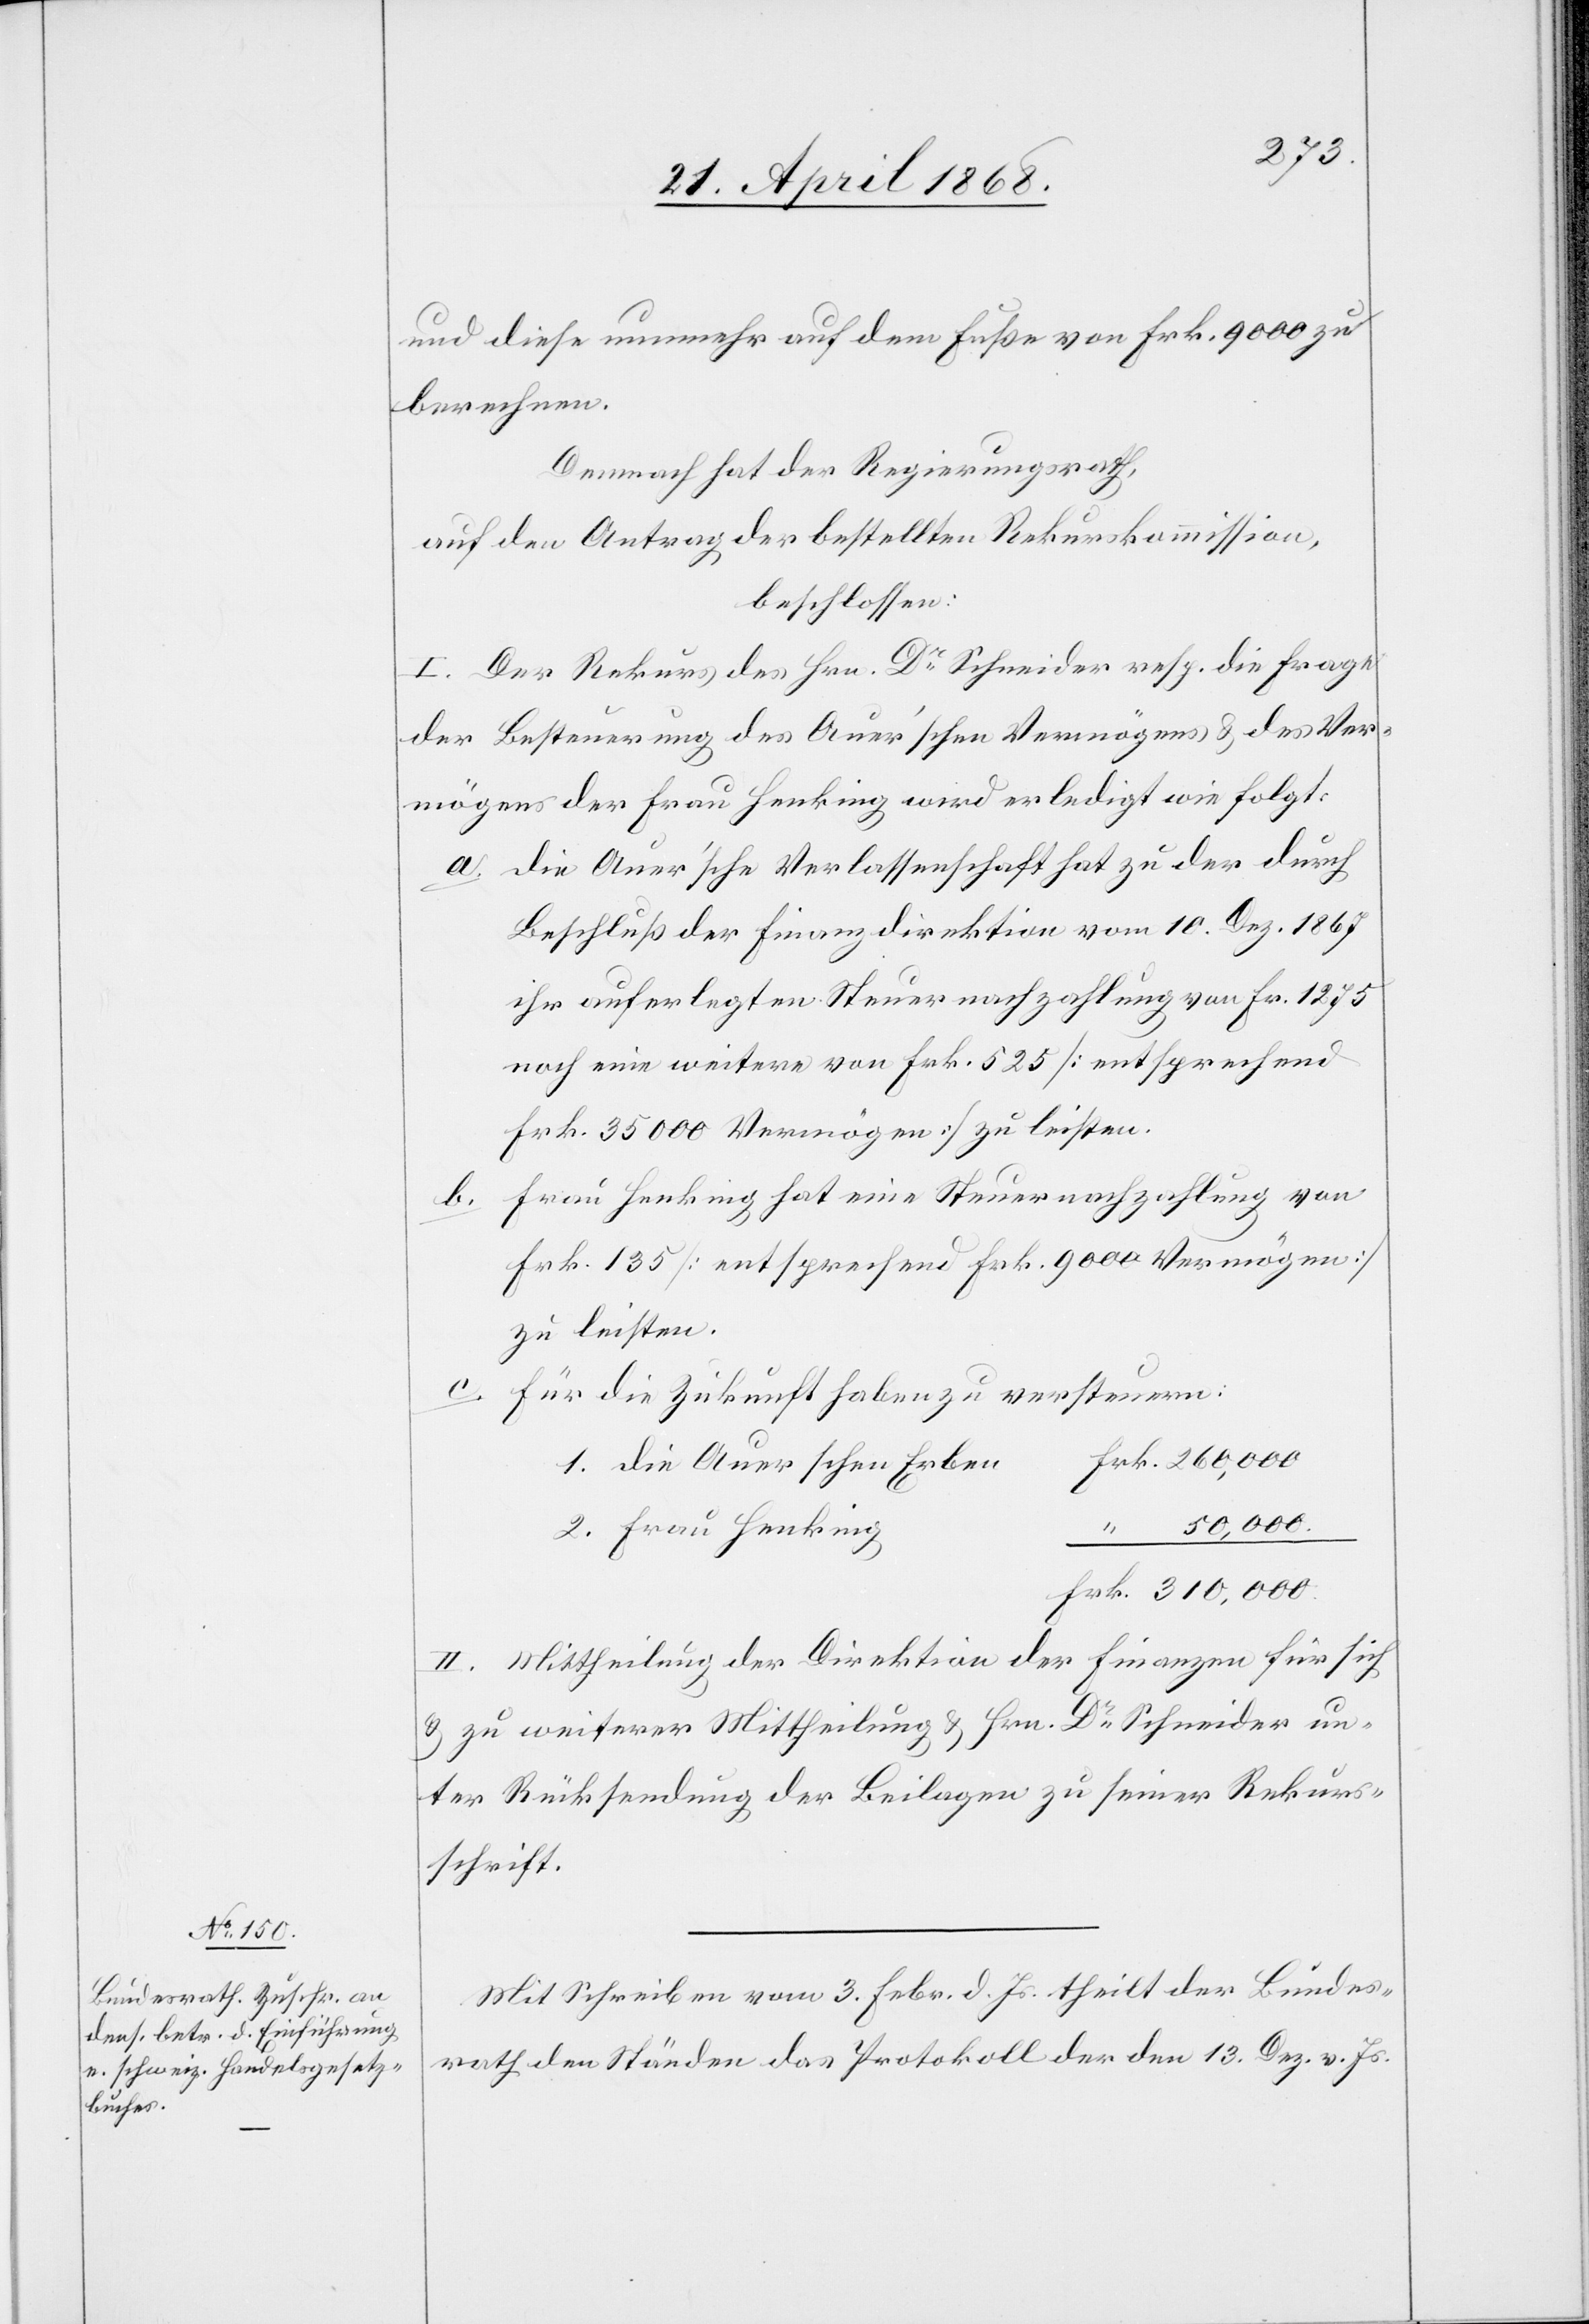
und diese nunmehr auf dem Fuße von Frk. 9000 zu
berechnen.
Demnach hat der Regierungsrath,
auf den Antrag der bestellten Rekurskommission,
beschlossen:
I. Der Rekurs des Hrn. Dr. Schneider resp. die Frage
der Besteuerung des Auer’schen Vermögens & des Ver¬
mögens der Frau Henking wird erledigt wie folgt:
die Auer’sche Verlassenschaft hat zu der durch
Beschluß der Finanzdirektion vom 10. Dez. 1867
ihr auferlegten Steuernachzahlung von Fr. 1275
noch eine weitere von Frk. 525 [entsprechend
Frk. 35 000 Vermögen] zu leisten.
Frau Henking hat eine Steuernachzahlung von
b.
Frk. 135 [entsprechend Frk. 9000 Vermögen]
zu leisten.
Für die Zukunft haben zu versteuern:
Frk. 260,000
1. die Auer[‘]schen Erben
“ 50,000.
2. Frau Henking
Frk. 310,000.
II. Mittheilung der Direktion der Finanzen für sich
& zu weiterer Mittheilung & Hrn. Dr. Schneider un¬
ter Rücksendung der Beilagen zu seiner Rekurs¬
schrift.
Mit Schreiben vom 3. Febr. d. Js. theilt der Bundes¬
rath den Ständen das Protokoll der den 13. Dez. v. Js.